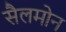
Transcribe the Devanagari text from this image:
सैलमोन